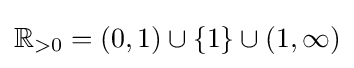
\mathbb {R} _{>0}=(0,1)\cup \{1\}\cup (1,\infty )